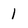
Character: 1